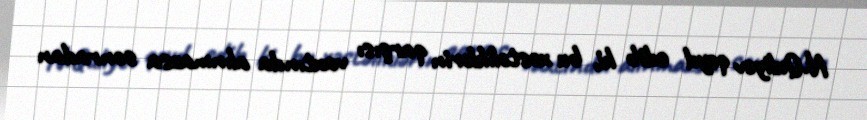
N.Quliyev qeyd edib ki, bu xəstəliklərin qarşısı vaxtında alınmazsa sonradan